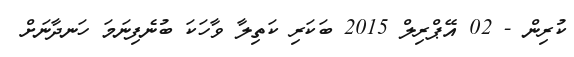
ކުރިން - 02 އޭޕްރިލް 2015 ބަކަރި ކަތިލާ ވާހަކަ ބުނެފިނަމަ ހަނދާނަށް